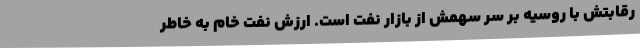
رقابتش با روسیه بر سر سهمش از بازار نفت است. ارزش نفت خام به خاطر